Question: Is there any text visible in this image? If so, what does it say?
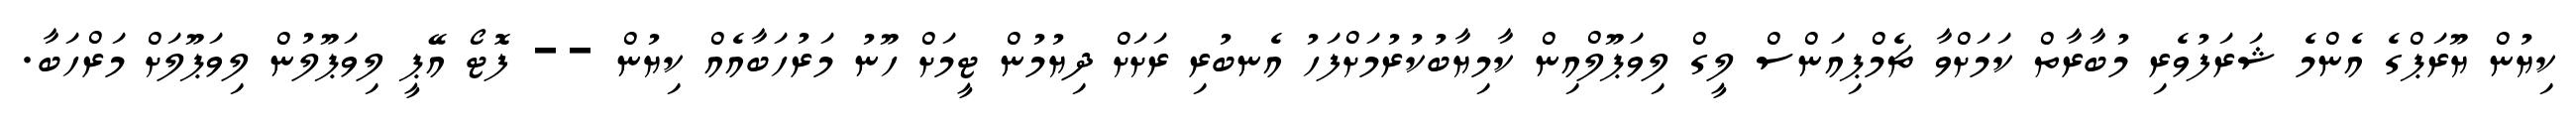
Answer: ކިޔުން ޔޫރަޕްގެ އެންމެ ޝަރަފުވެރި މުބާރާތް ކަމަށްވާ ޗެމްޕިއަންސް ލީގް ލިވަޕޫލްއިން ކާމިޔާބުކުރުމަށްފަހު އެނބުރި ރަށަށް ދިޔުމުން ޓީމަށް ހޫނު މަރުހަބާއެއް ކިޔުން -- ފޮޓޯ އޭޕީ ލިވަޕޫލުން ލިވަޕޫލަށް މަރްހަބާ.